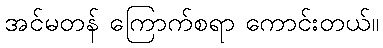
အင်မတန် ကြောက်စရာ ကောင်းတယ်။